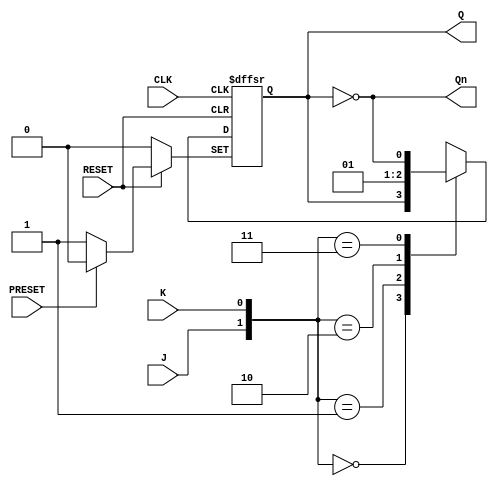
module jk_ff ( 
    input wire J,           // Entrada J do flip-flop JK
    input wire K,           // Entrada K do flip-flop JK
    input wire CLK,         // Sinal de clock do flip-flop JK
    input wire RESET,       // Sinal de reset do flip-flop JK (ativo em nvel baixo)
    input wire PRESET,      // Sinal de preset do flip-flop JK (ativo em nvel baixo)
    output reg Q,           // Sada Q do flip-flop JK
    output wire Qn          // Sada complementar Qn do flip-flop JK
);

    assign Qn = ~Q;         // Sada complementar  a negao da sada Q

    always @(posedge CLK or negedge RESET or negedge PRESET) begin
        if (!RESET)          // Se o sinal de reset estiver ativo (nvel baixo)
            Q <= 1'b0;       // Zera o flip-flop (ativo em nvel baixo)
        else if (!PRESET)    // Se o sinal de preset estiver ativo (nvel baixo)
            Q <= 1'b1;       // Define o flip-flop em estado "set" (ativo em nvel baixo)
        else begin           // Caso contrrio
            case ({J, K})    // Verifica as combinaes de J e K
                2'b00: Q <= Q;          // Sem mudana no estado atual
                2'b01: Q <= 1'b0;       // Zera Q
                2'b10: Q <= 1'b1;       // Define Q em estado "set"
                2'b11: Q <= ~Q;         // Inverte Q (toggle)
            endcase
        end
    end

endmodule